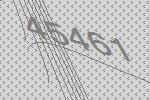
45461